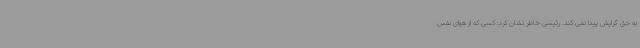
به حق گرایش پیدا نمی کند. رئیسی خاطر نشان کرد: کسی که از هوای نفس